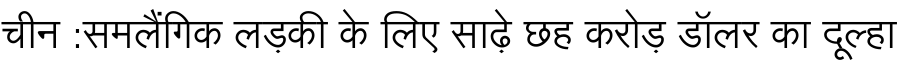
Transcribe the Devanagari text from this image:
चीन :समलैंगिक लड़की के लिए साढ़े छह करोड़ डॉलर का दूल्हा